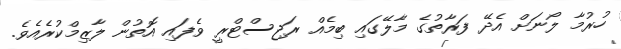
ހުރުމާ ލޯނަށް އެދޭ ފަރާތުގެ މާލޭގައި ބިމެއް ރަޖިސްޓްރީ ވެފައި އޮތުން ލާޒިމްކުރެއެވެ.